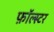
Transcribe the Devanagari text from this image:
फ़ॉल्स्टर